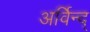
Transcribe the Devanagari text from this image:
अर्विन्द्